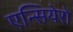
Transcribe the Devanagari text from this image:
एन्सियेरो